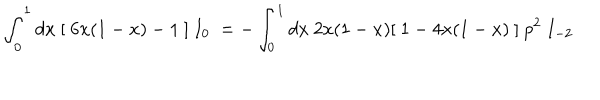
LaTeX: \int _ { 0 } ^ { 1 } d x \ [ \ 6 x ( 1 - x ) - 1 \ ] \ I _ { 0 } \ = - \int _ { 0 } ^ { 1 } d x \ 2 x ( 1 - x ) [ \ 1 - 4 x ( 1 - x ) \ ] \ p ^ { 2 } \ I _ { - 2 }